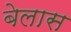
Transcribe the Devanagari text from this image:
बेलास